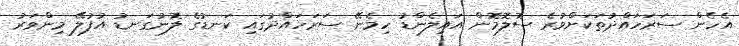
އެހެން ސަރަހައްދުތަކަށްވުރެ ސޮލޮމޮން އައިލެންޑު ހިމެނޭ ސަރަހައްދުގައި ކަނޑުގެ ލޮނުގަނޑު އުފުލޭ މިންވަރު